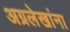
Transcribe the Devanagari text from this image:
अग्रलेखांना